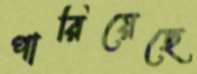
পারিয়েছে